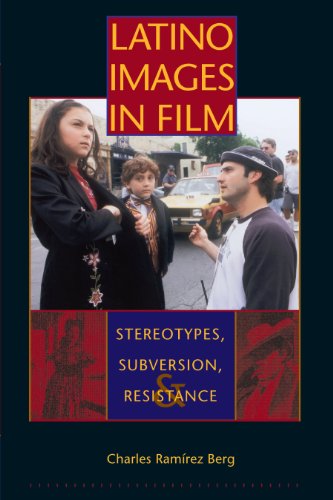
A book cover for Latino Images in Film: Stereotypes, Subversion, and Resistance (Texas Film and Media Studies Series); Charles RamÃ­rez Berg; Humor & Entertainment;